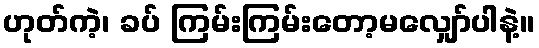
ဟုတ်ကဲ့၊ ခပ် ကြမ်းကြမ်းတော့မလျှော်ပါနဲ့။